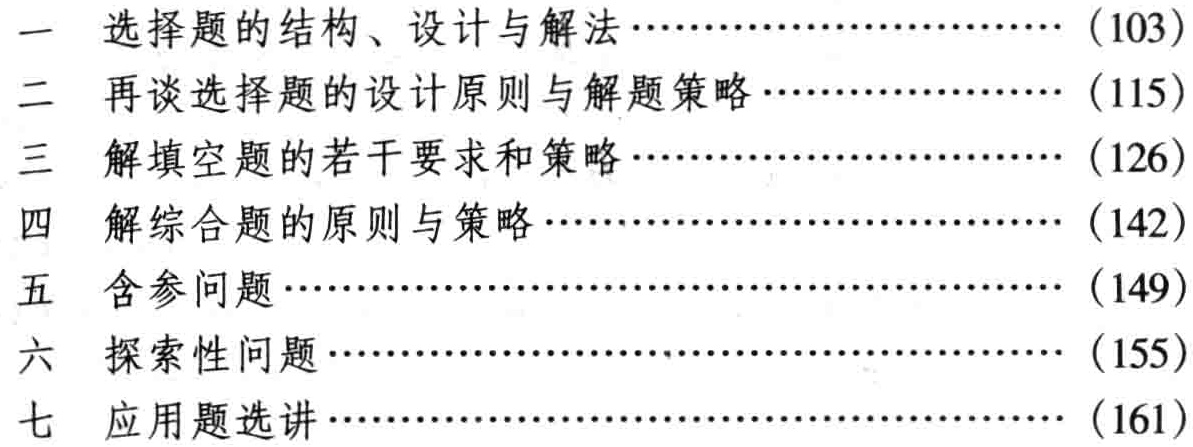
\begin{enumerate}

\item 选择题的结构、设计与解法……（103）

\item 再谈选择题的设计原则与解题策略……（115）

\item 解填空题的若干要求和策略……（126）

\item 解综合题的原则与策略……（142）

\item 含参问题……（149）

\item 探索性问题……（155）

\item 应用题选讲……（161）

\end{enumerate}